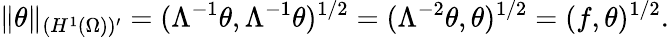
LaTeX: \| \theta\| _{(H^{1}(\Omega))^{\prime}}=(\Lambda^{-1}\theta,\Lambda^{-1}\theta)^{1/2}=(\Lambda^{-2}\theta,\theta)^{1/2}=(f,\theta)^{1/2}.